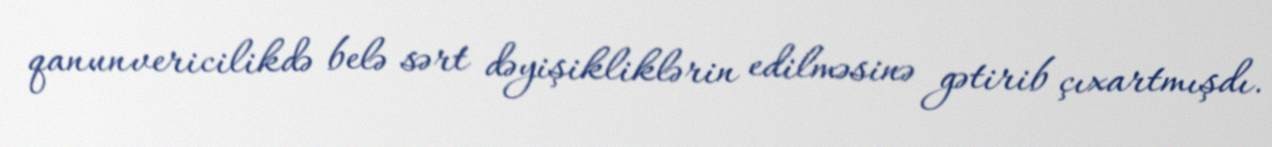
qanunvericilikdə belə sərt dəyişikliklərin edilməsinə gətirib çıxartmışdı.